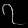
Digit: ၇